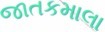
જાતકમાલા